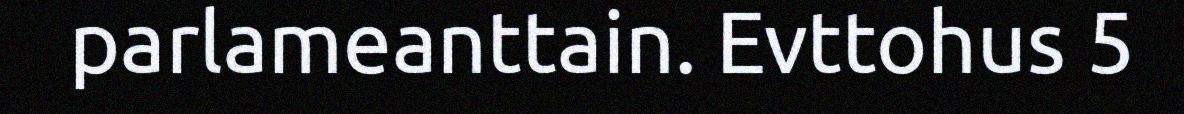
parlameanttain. Evttohus 5